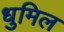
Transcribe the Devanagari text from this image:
धुमिल